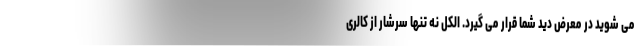
می شوید در معرض دید شما قرار می گیرد. الکل نه تنها سرشار از کالری